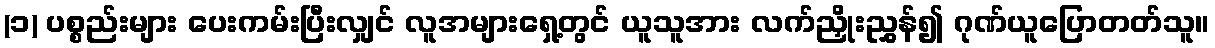
(၁) ပစ္စည်းများ ပေးကမ်းပြီးလျှင် လူအများရှေ့တွင် ယူသူအား လက်ညှိုးညွှန်၍ ဂုဏ်ယူပြောတတ်သူ။